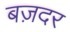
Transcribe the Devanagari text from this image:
बज़दर